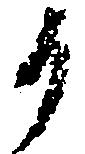
か